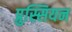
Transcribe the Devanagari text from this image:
प्रुस्सियन